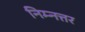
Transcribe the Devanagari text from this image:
निम्नत्तर